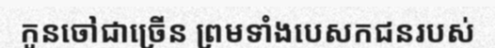
កូនចៅជាច្រើន ព្រមទាំងបេសកជនរបស់